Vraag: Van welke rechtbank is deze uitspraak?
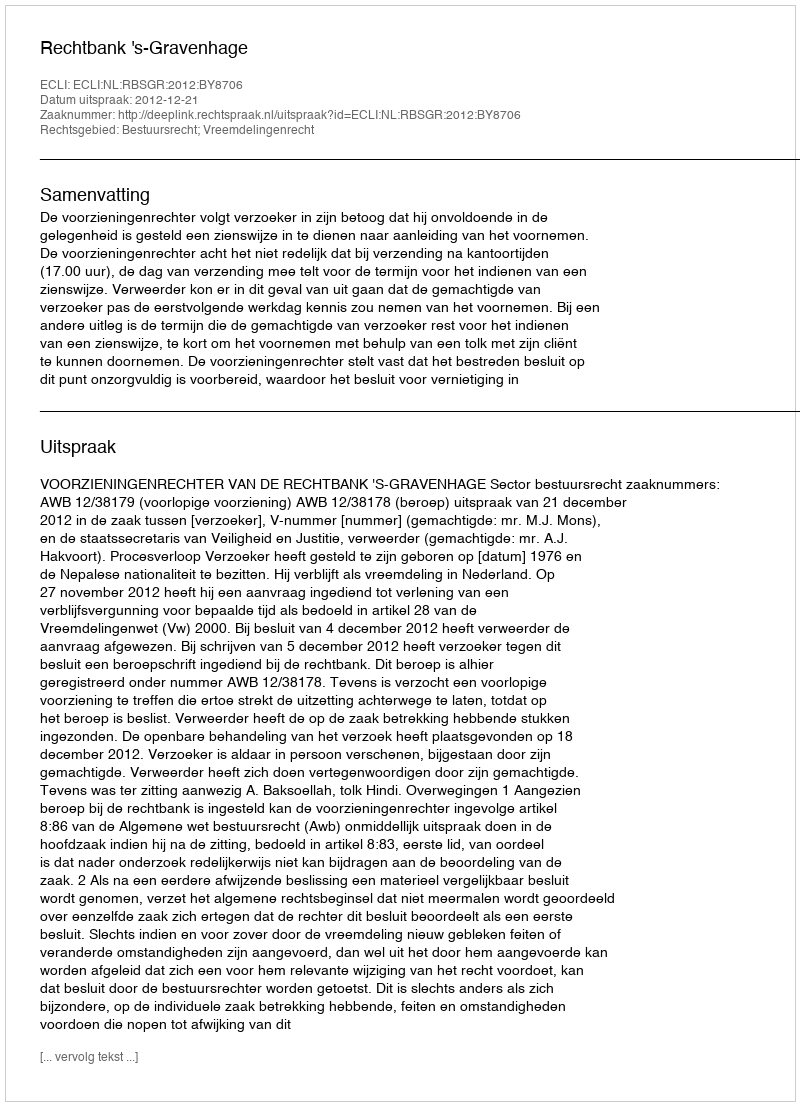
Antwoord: Rechtbank 's-Gravenhage